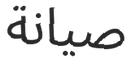
صیانة